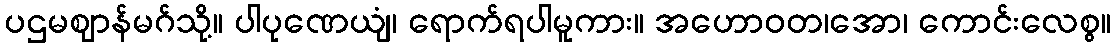
ပဌမဈာန်မဂ်သို့။ ပါပုဏေယျံ၊ ရောက်ရပါမူကား။ အဟောဝတ၊အော၊ ကောင်းလေစွ။